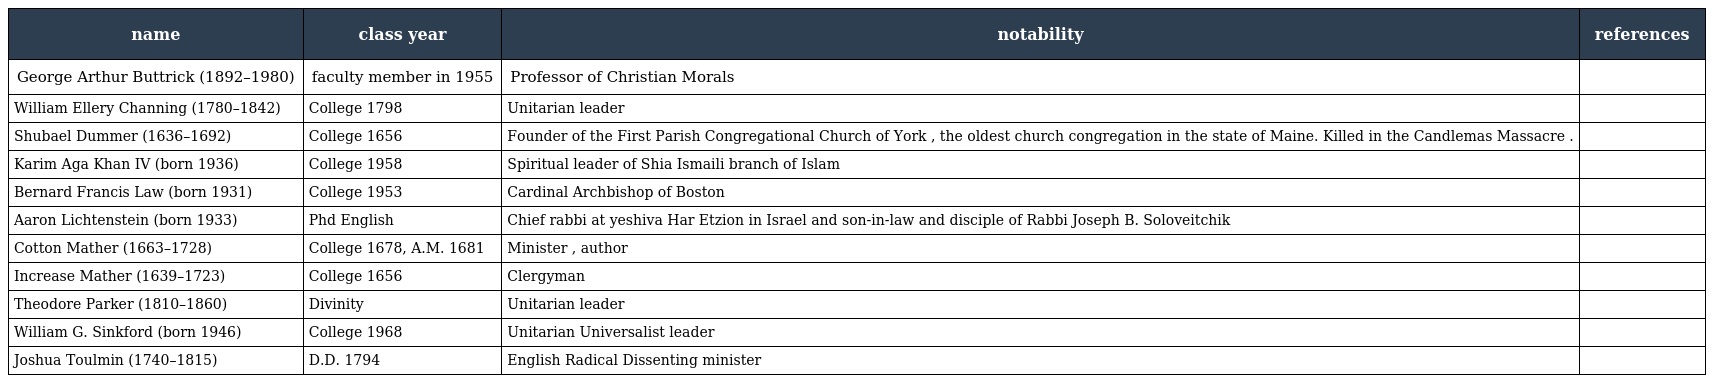
| name | class year | notability | references |
 | --- | --- | --- | --- |
 | George Arthur Buttrick (1892–1980) | faculty member in 1955 | Professor of Christian Morals |  |
 | William Ellery Channing (1780–1842) | College 1798 | Unitarian leader |  |
 | Shubael Dummer (1636–1692) | College 1656 | Founder of the First Parish Congregational Church of York , the oldest church congregation in the state of Maine. Killed in the Candlemas Massacre . |  |
 | Karim Aga Khan IV (born 1936) | College 1958 | Spiritual leader of Shia Ismaili branch of Islam |  |
 | Bernard Francis Law (born 1931) | College 1953 | Cardinal Archbishop of Boston |  |
 | Aaron Lichtenstein (born 1933) | Phd English | Chief rabbi at yeshiva Har Etzion in Israel and son-in-law and disciple of Rabbi Joseph B. Soloveitchik |  |
 | Cotton Mather (1663–1728) | College 1678, A.M. 1681 | Minister , author |  |
 | Increase Mather (1639–1723) | College 1656 | Clergyman |  |
 | Theodore Parker (1810–1860) | Divinity | Unitarian leader |  |
 | William G. Sinkford (born 1946) | College 1968 | Unitarian Universalist leader |  |
 | Joshua Toulmin (1740–1815) | D.D. 1794 | English Radical Dissenting minister |  |